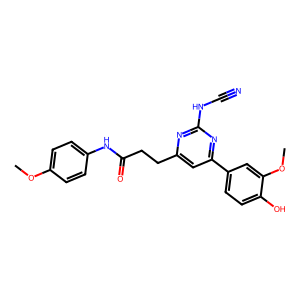
SMILES: COc1ccc(NC(=O)CCc2cc(-c3ccc(O)c(OC)c3)nc(NC#N)n2)cc1
Inhibits HIV replication: No